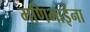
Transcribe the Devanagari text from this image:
मणिभाईंना